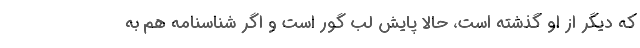
كه ديگر از او گذشته است، حالا پايش لب گور است و اگر شناسنامه هم به